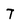
Character: T